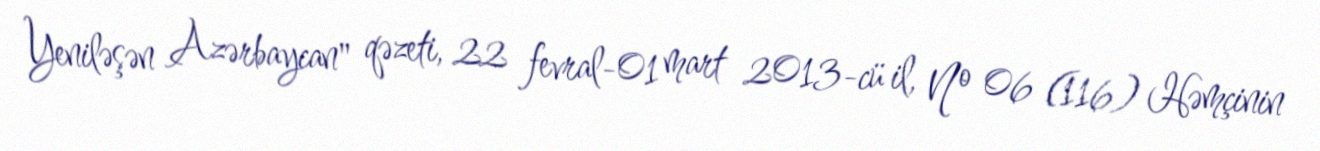
Yeniləşən Azərbaycan" qəzeti, 22 fevral-01 mart 2013-cü il, № 06 (116) Həmçinin